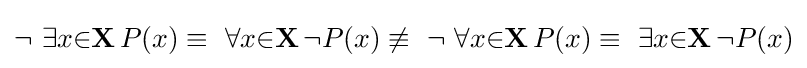
\lnot \ \exists {x}{\in }\mathbf {X} \,P(x)\equiv \ \forall {x}{\in }\mathbf {X} \,\lnot P(x)\not \equiv \ \lnot \ \forall {x}{\in }\mathbf {X} \,P(x)\equiv \ \exists {x}{\in }\mathbf {X} \,\lnot P(x)